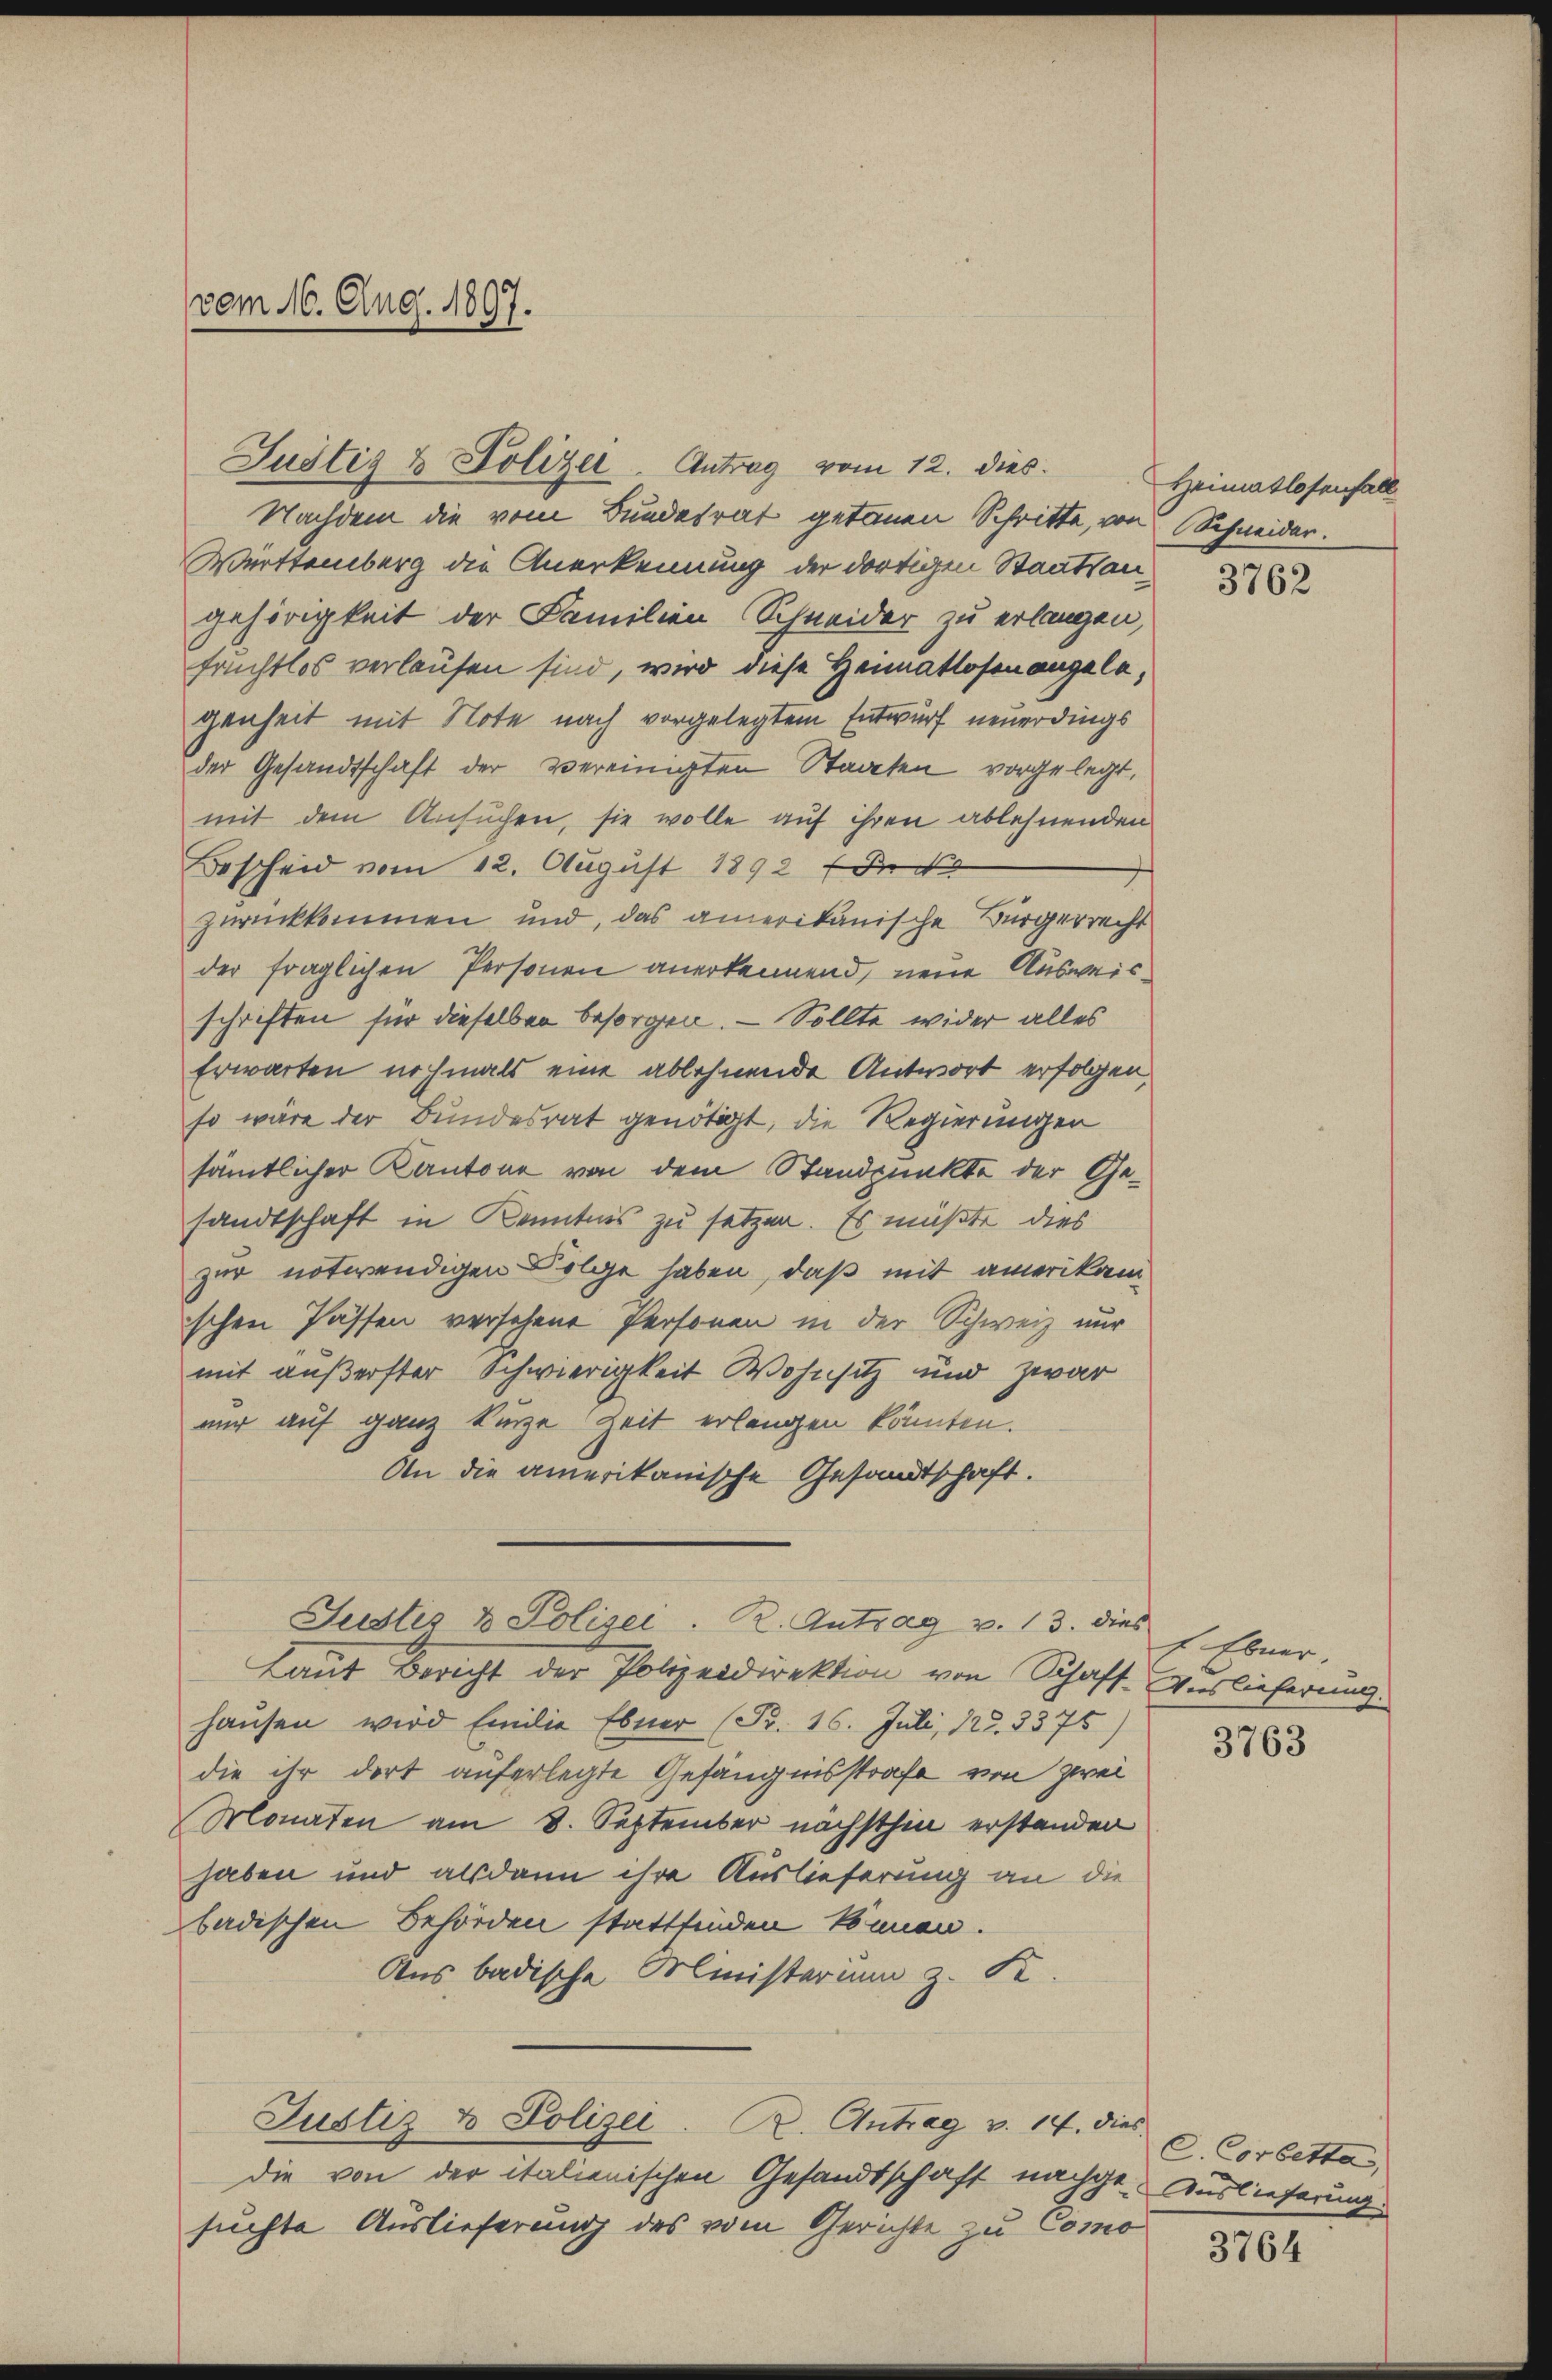
vom 16. Aug. 1897.

Justiz & Polizei, Antrag vom 12. dies

Nachdem die vom Bundesrat getanen Schritte, von Schneider.
Württemberg die Anerkennung der dortigen Staatsangehörigkeit der Familien Schneider zu erlangen,
fruchtlos verlaufen sind, wird diese Heimatlosen angelegenheit mit Note nach vorgelegtem Entwurf neuerdings
der Gesandtschaft der vereinigten Staaten vorgelegt,
mit dem Ansuchen, sie wolle auf ihren ablehnenden
Bescheid vom 12. August 1892 der
zurückkommen und, das amerikanische Bürgerrecht
der fraglichen Personen anerkennend, neue Ausweisschriften für dieselben besorgen. — Sollte wider alles
Erwarten nochmals eine ablehnende Antwort erfolgen,
so wäre der Bundesrat genötigt, die Regierungen
sämtlicher Kantone von dem Standpunkte der Gesandtschaft in Kenntnis zu setzen. Es müßte dies
zur notwendigen Folge haben, daß mit amerikan
schen Passen versehene Personen in der Schweiz nur
mit äußerster Schwierigkeit Wohnsitz und zwar
nur auf ganz kurze Zeit erlangen könnten.
An die amerikanische Gesandtschaft.
Justiz & Polizei. R. Antrag v. 13. dies f. Ebner.
Laut Bericht der Polizeidirektion von Schaft Auslieferung.
hausen wird Ein die Ebner (Fr. 16. Juli, 125. 3375)
die ihr dort auferlegte Gefängnisstrafe von zwei
Monaten am 8. September nächsthin erstander
haben und alsdann ihre Auslieferung an die
badischen Behörden stattfinden können.
Aus badische Ministerium z. B.
Justiz & Polizei. B. Antrag v. 14. dies
die von der italienischen Gesandtschaft nachge-Auslieferung
suchte Auslieferung des vom Gerichte zu Como

Heimatlosenfall

3762

3763

C. Corbitta

3764